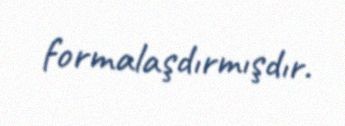
formalaşdırmışdır.